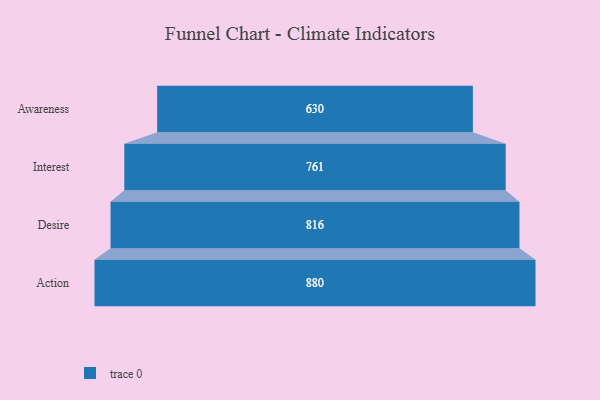
{"axis": {"x": "Stage", "y": "Value"}, "legend": [""], "data": [{"x": "Awareness", "y": 630.0, "type": ""}, {"x": "Interest", "y": 761.0, "type": ""}, {"x": "Desire", "y": 816.0, "type": ""}, {"x": "Action", "y": 880.0, "type": ""}]}